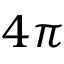
4 \pi